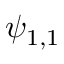
\psi _ { 1 , 1 }